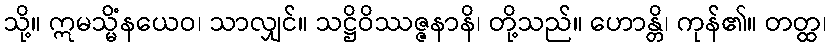
သို့။ ဣမသ္မိံနယေဝ၊ သာလျှင်။ သဋ္ဌိဝိဿဇ္ဇနာနိ၊ တို့သည်။ ဟောန္တိ၊ ကုန်၏။ တတ္ထ၊